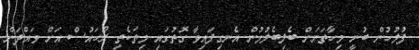
ފުލުހުން ބުނީ މިހާތަނަށް ބެލިބެލުމުން އެނގިފައިވާ ގޮތުގައި މިތަކެތި ރޯހައުސް އަށް ވައްދަން